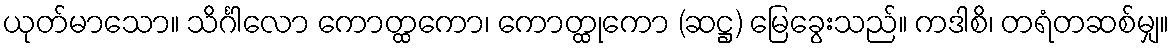
ယုတ်မာသော။ သိင်္ဂါလော ကောတ္ထကော၊ ကောတ္ထုကော (ဆဋ္ဌ) မြေခွေးသည်။ ကဒါစိ၊ တရံတဆစ်မျှ။